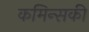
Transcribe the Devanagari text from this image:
कमिन्सकी